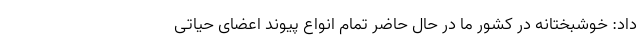
داد: خوشبختانه در کشور ما در حال حاضر تمام انواع پیوند اعضای حیاتی